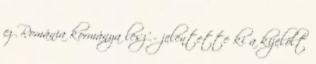
ez Románia kormánya lesz' - jelentette ki a kijelölt